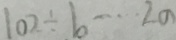
1 0 2 \div b \cdots 2 a